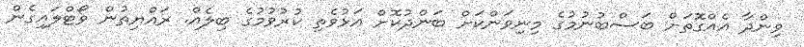
ވިންދާ އެއްގޮތަށް ބަސްބުނުމުގެ މިނިވަންކަށް ބަންދުކޮށް އަޅުވެތި ކުރުވުމުގެ ބިލެއް. ރައްޔިތުން ވޯޓްލައިގެން